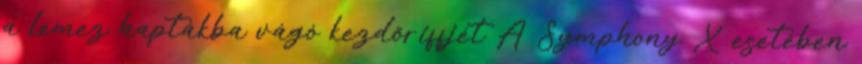
a lemez haptákba vágó kezdőriffjét A Symphony X esetében